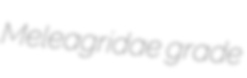
Meleagridae grade